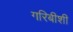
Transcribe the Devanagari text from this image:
गरिबीशी